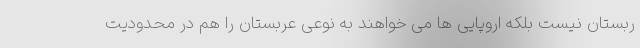
ربستان نیست بلکه اروپایی ها می خواهند به نوعی عربستان را هم در محدودیت